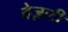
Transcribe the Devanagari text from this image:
वेज़ली